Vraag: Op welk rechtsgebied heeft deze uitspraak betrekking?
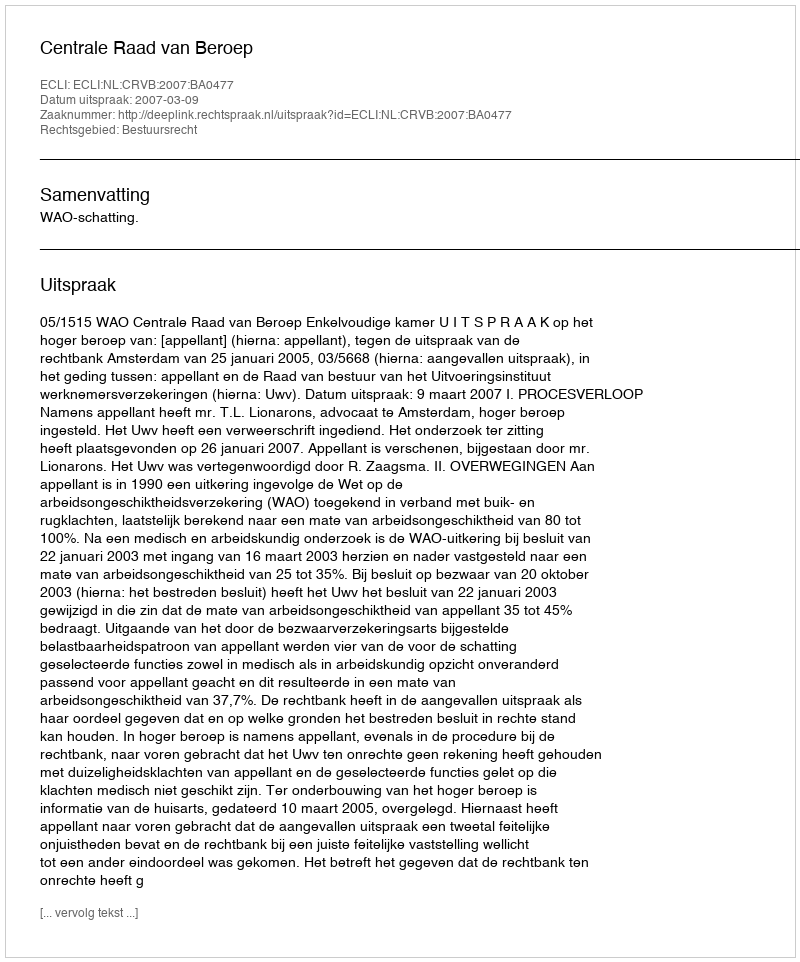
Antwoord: Bestuursrecht